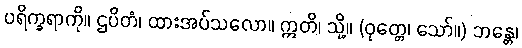
ပရိက္ခရာကို။ ဌပိတံ၊ ထားအပ်သလော။ ဣတိ၊ သို့။ (ဝုတ္တေ၊ သော်။) ဘန္တေ၊